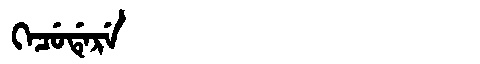
Manchu: ᡴᡝᠴᡠᡩᡝᡵᡝ
Romanization: KECUDERE